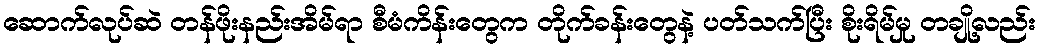
ဆောက်လုပ်ဆဲ တန်ဖိုးနည်းအိမ်ရာ စီမံကိန်းတွေက တိုက်ခန်းတွေနဲ့ ပတ်သက်ပြီး စိုးရိမ်မှု တချို့လည်း